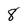
Character: 8